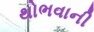
થોભવાની